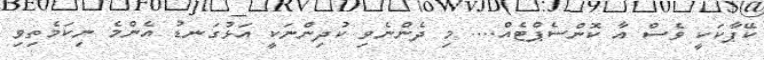
ކޭޕާކަކީ ވެސް އާ ކޮންސެޕްޓެއް.... މި ދެންނެވި ކުދިންނަކީ އަޅުގަނޑު އެންމެ ނިކަމެތިވި